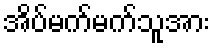
အိပ်မက်မက်သူအား